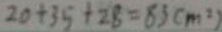
2 0 + 3 5 + 2 8 = 8 3 ( m ^ { 2 } )